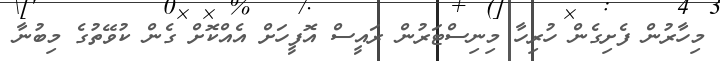
މިހާރުން ފެށިގެން ހުރިހާ މިނިސްޓަރުން ރައީސް އޮފީހަށް އެއްކޮށް ގެން ކުވޭތުގެ މިބުނާ